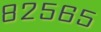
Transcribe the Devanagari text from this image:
८२५६५